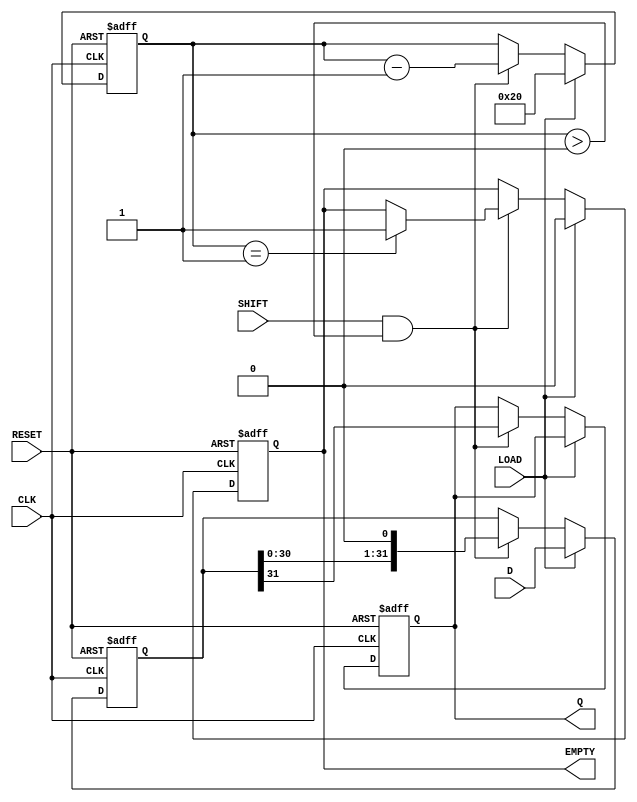
module PISO_Register (
    input  wire [31:0] D,    // 32-bit data input
    input  wire LOAD,        // Load control signal
    input  wire SHIFT,       // Shift control signal
    input  wire CLK,         // Clock signal
    input  wire RESET,       // Asynchronous reset signal
    output reg  Q,           // Serial output
    output reg  EMPTY        // Empty signal
);

// Internal storage for the 32-bit data
reg [31:0] storage;
reg [5:0] count; // To count the number of shifted bits

// Asynchronous reset and loading logic
always @(posedge CLK or posedge RESET) begin
    if (RESET) begin
        storage <= 32'b0;  // Clear storage on reset
        Q <= 1'b0;         // Clear serial output
        count <= 6'd0;     // Clear the counter
        EMPTY <= 1'b1;     // Set EMPTY signal
    end else if (LOAD) begin
        storage <= D;      // Load data into the storage
        count <= 6'd32;    // Reset count to 32 for shifting
        EMPTY <= 1'b0;     // Clear EMPTY signal
    end else if (SHIFT && count > 0) begin
        Q <= storage[31];  // Output the MSB
        storage <= {storage[30:0], 1'b0}; // Shift left and LSB will become 0
        count <= count - 1; // Decrement the count
        if (count == 1) begin
            EMPTY <= 1'b1; // Set EMPTY signal when done shifting
        end
    end
end

endmodule